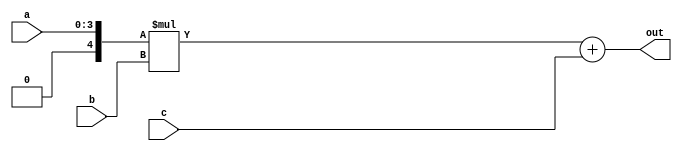
// Created by prof. Mingu Kang @VVIP Lab in UCSD ECE department
// Please do not spread this code without permission 
module mac (out, a, b, c);

parameter bw = 4;
parameter psum_bw = 16;

output signed [psum_bw-1:0] out;
input signed  [bw-1:0] a;  // activation
input signed  [bw-1:0] b;  // weight
input signed  [psum_bw-1:0] c;


wire signed [2*bw:0] product;
wire signed [psum_bw-1:0] psum;
wire signed [bw:0]   a_pad;

assign a_pad = {1'b0, a}; // force to be unsigned number
assign product = a_pad * b;

assign psum = product + c;
assign out = psum;

endmodule